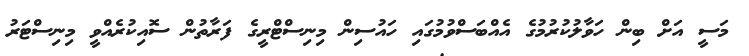
މަސީ އަށް ބިން ހަވާލުކުރުމުގެ އެއްބަސްވުމުގައި ހައުސިން މިނިސްޓްރީގެ ފަރާތުން ސޮއިކުރެއްވީ މިނިސްޓަރު